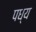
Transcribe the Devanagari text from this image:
पध्य